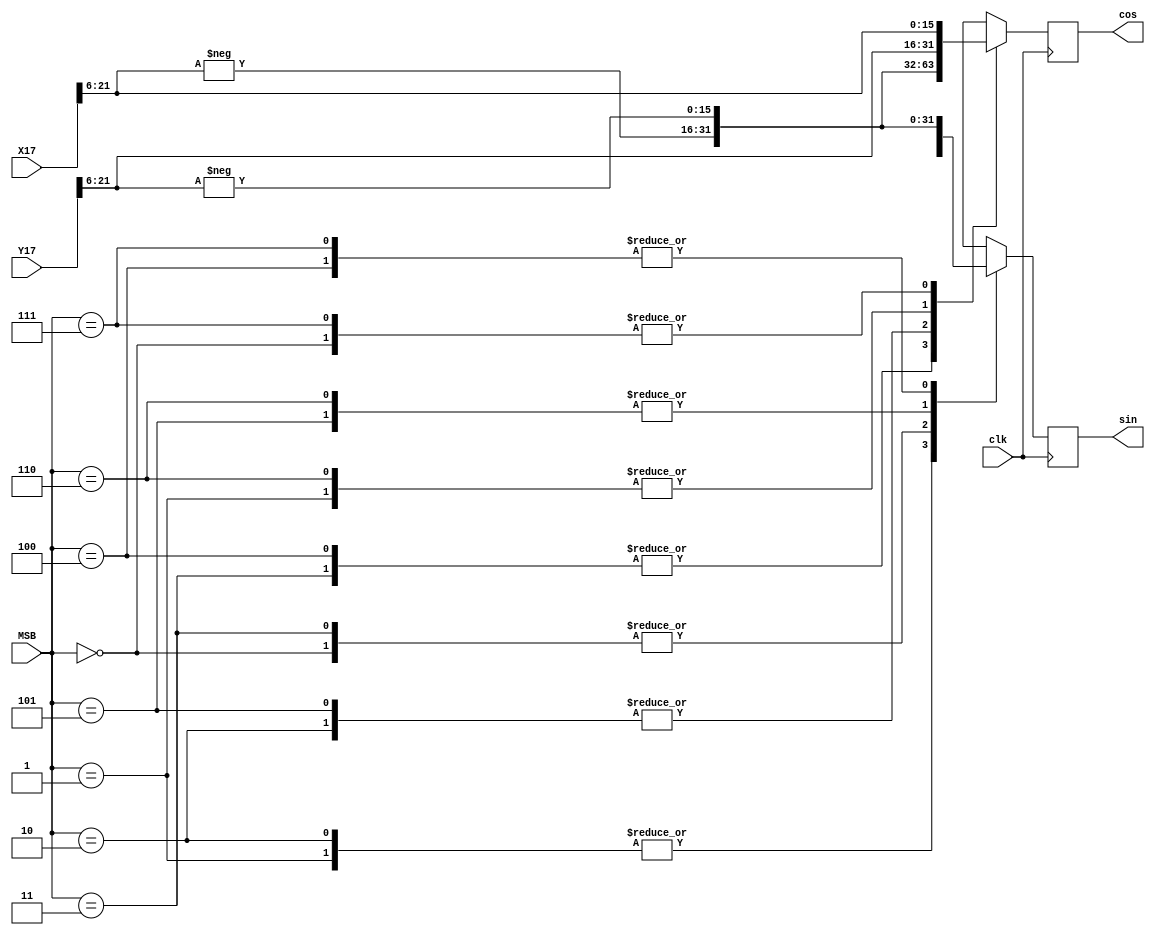
module out_put(X17,Y17,MSB,cos,sin,clk);
`define WIDTH 22
input  	[`WIDTH-1:0]  X17;
input  	[`WIDTH-1:0]  Y17;
input clk;
input [2:0] MSB;
output reg[15:0]  cos;//
output reg [15:0]  sin;
	always @(posedge clk) begin
		case(MSB)
		3'b000:begin
			cos<=X17[21:6];
			sin<=Y17[21:6];
		end
		3'b001:begin
			cos<=Y17[21:6];
			sin<=X17[21:6];
		end
		3'b010:begin
			
			cos<=-Y17[21:6];//1
			sin<=X17[21:6];

		end
		3'b011:begin
			cos<=-X17[21:6];
			sin<=Y17[21:6];
		end
		3'b100:begin
			cos<=-X17[21:6];
			sin<=-Y17[21:6];
		end
		3'b101:begin
			cos<=-Y17[21:6];
			sin<=-X17[21:6];
		end
		3'b110:begin
			cos<=Y17[21:6];
			sin<=-X17[21:6];
		end
		3'b111:begin
			cos<=X17[21:6];
			sin<=-Y17[21:6];
		end
	endcase
	end
	
	
	endmodule